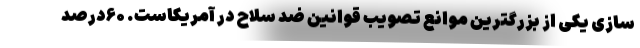
سازی یکی از بزرگترین موانع تصویب قوانین ضد سلاح در آمریکاست. ۶۰درصد